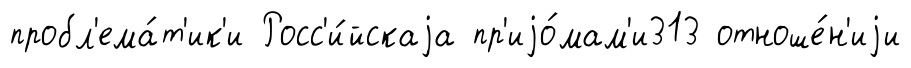
пробл'ема́т'ик'и Росс'и́йскаjа пр'иjо́мам'и313 отноше́н'иjи